画像に写った文字を読んでください
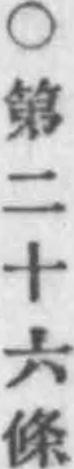
「○第二十六條」と書いてあります